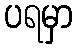
ပရမှာ